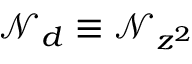
\mathcal { N } _ { d } \equiv \mathcal { N } _ { z ^ { 2 } }